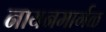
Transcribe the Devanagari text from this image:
नायनमार्गळ